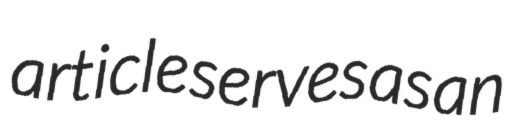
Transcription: article serves as an